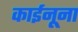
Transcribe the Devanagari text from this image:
काईनूना